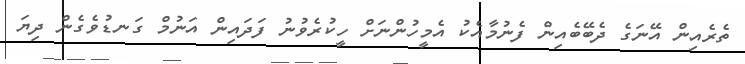
ތެރެއިން އޭނަގެ ދެބޭބެއިން ފެނުމާއެކު އެމީހުންނަށް ހީކުރެވުނު ފަދައިން އަނުމް ގަނޑުވެގެން ދިޔަ